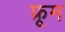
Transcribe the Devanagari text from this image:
फ्रूम